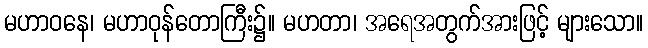
မဟာဝနေ၊ မဟာဝုန်တောကြီး၌။ မဟတာ၊ အရေအတွက်အားဖြင့် များသော။